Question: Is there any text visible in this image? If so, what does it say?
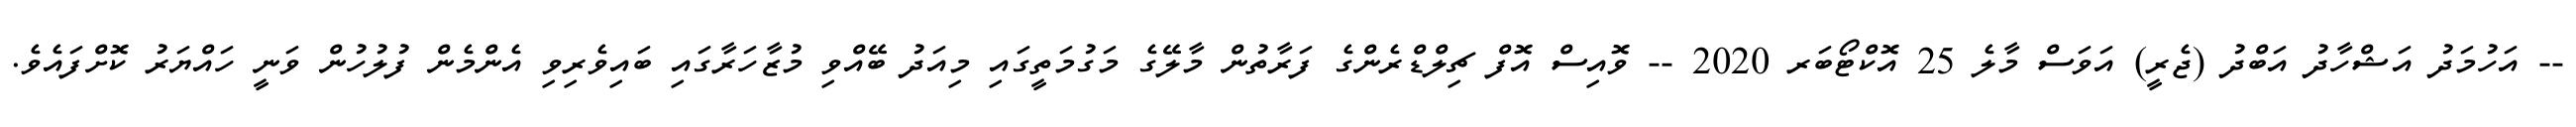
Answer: -- އަހުމަދު އަޝްހާދު އަބްދު (ޖެރީ) އަވަސް މާލެ 25 އޮކްޓޯބަރ 2020 -- ވޮއިސް އޮފް ޗިލްޑްރެންގެ ފަރާތުން މާލޭގެ މަގުމަތީގައި މިއަދު ބޭއްވި މުޒާހަރާގައި ބައިވެރިވި އެންމެން ފުލުހުން ވަނީ ހައްޔަރު ކޮށްފައެވެ.